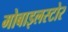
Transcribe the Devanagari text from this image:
मोबाइलस्टोर